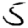
Digit: 5